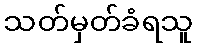
သတ်မှတ်ခံရသူ